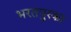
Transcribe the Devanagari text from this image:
भरतपुरका